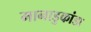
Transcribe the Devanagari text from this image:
मानाडुकांडा